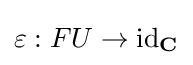
\varepsilon :FU\to \operatorname {id} _{\mathbf {C} }